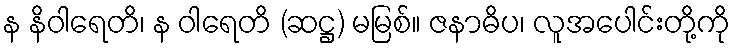
န နိဝါရေတိ၊ န ဝါရေတိ (ဆဋ္ဌ) မမြစ်။ ဇနာဓိပ၊ လူအပေါင်းတို့ကို